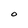
Character: O